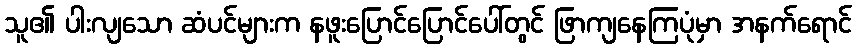
သူ၏ ပါးလျသော ဆံပင်များက နဖူးပြောင်ပြောင်ပေါ်တွင် ဖြာကျနေကြပုံမှာ အနက်ရောင်